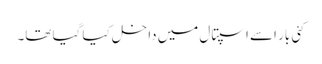
کئی بار اسے اسپتال میں داخل کیا گیا تھا۔